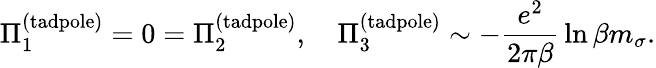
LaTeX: \Pi_{1}^{(\mathrm{tadpole})}=0=\Pi_{2}^{(\mathrm{tadpole})},\quad\Pi_{3}^{(\mathrm{tadpole})}\sim-\frac{e^{2}}{2\pi\beta}\, \ln\beta m_{\sigma}.